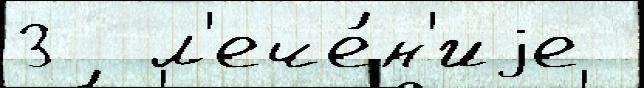
3  л'ече́н'иjе